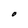
Character: O